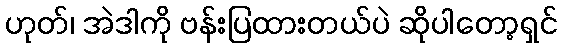
ဟုတ်၊ အဲဒါကို ဗန်းပြထားတယ်ပဲ ဆိုပါတော့ရှင်